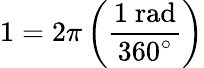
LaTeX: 1=2\pi\left({\frac{1{\mathrm{~rad}}}{360^{\circ}}}\right)